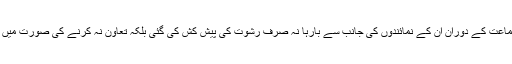
ارشد ملک نے اس ویڈیو کو حقائق کے برعکس قرار دیا اور کہا کہ نوازشریف اور ان کے خلاف مقدمات کی سماعت کے دوران ان کے نمائندوں کی جانب سے بارہا نہ صرف رشوت کی پیش کش کی گئی بلکہ تعاون نہ کرنے کی صورت میں سنگین نتائج کی دھمکیاں بھی دی گئیں جنہیں سختی سے رد کرتے ہوئے میں نے حق پر قائم رہنے کا عزم کیا۔